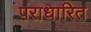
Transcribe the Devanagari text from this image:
पराधारित